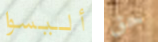
أليسوا حق